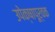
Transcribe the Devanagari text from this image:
उपेक्षापूर्वक